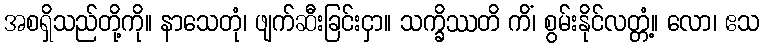
အစရှိသည်တို့ကို။ နာသေတုံ၊ ဖျက်ဆီးခြင်းငှာ။ သက္ခိဿတိ ကိံ၊ စွမ်းနိုင်လတ္တံ့။ လော၊ ဧသ